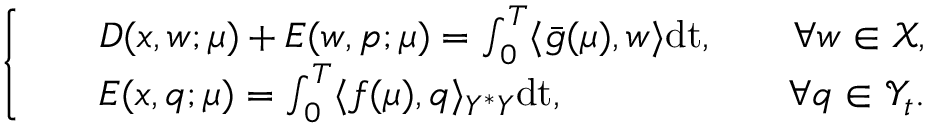
\left\{ \begin{array} { l l } { \begin{array} { r l r } & { D ( x , w ; \boldsymbol { \mu } ) + E ( w , p ; \boldsymbol { \mu } ) = \int _ { 0 } ^ { T } \langle \bar { g } ( \boldsymbol { \mu } ) , w \rangle \mathrm { d t } , \quad } & { \forall w \in \mathcal { X } , } \\ & { E ( x , q ; \boldsymbol { \mu } ) = \int _ { 0 } ^ { T } \langle f ( \boldsymbol { \mu } ) , q \rangle _ { Y ^ { * } Y } \mathrm { d t } , \quad } & { \forall q \in \mathcal { Y } _ { t } . } \end{array} } \end{array} \right.